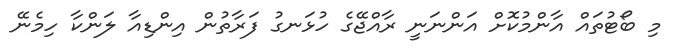
މި ބޯޓުތައް އާންމުކޮށް އަންނަނީ ރާއްޖޭގެ ހުޅަނގު ފަރާތުން އިންޑިއާ ލަންކާ ހިމެނޭ